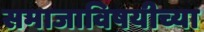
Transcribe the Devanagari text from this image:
समाजाविषयीच्या